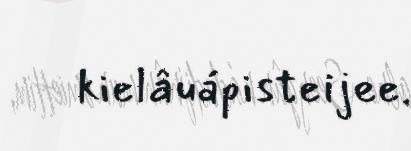
kielâuápisteijee.